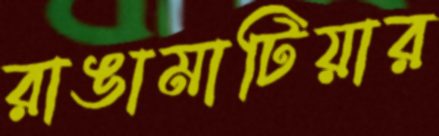
রাঙামাটিয়ার